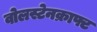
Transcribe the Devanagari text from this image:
वोलस्टेनक्राफ्ट